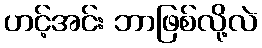
ဟင့်အင်း ဘာဖြစ်လို့လဲ